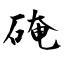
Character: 硽